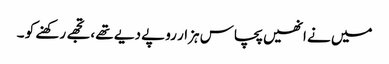
میں نے انھیں پچاس ہزار روپے دیے تھے ، تجھے رکھنے کو ۔